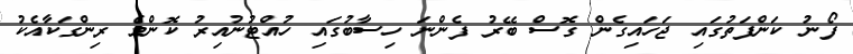
ފޯނު ކަންފަތުގައި ޖަހައިގެން ގޮސް ބޭރު ފެންނަ ހިސާބުގައި ހުއްޓުނުއިރު ކޮންމެ ރިންގަކާއެކު